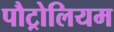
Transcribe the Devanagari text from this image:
पौट्रोलियम